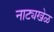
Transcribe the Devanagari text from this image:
नाट्यखेळ